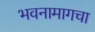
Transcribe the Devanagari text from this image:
भवनामागचा